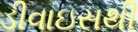
ડીવાઇસથી